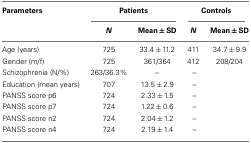
| Parameters | <COLSPAN=2> Patients | <COLSPAN=2> Controls |
 |  | N | Mean ± SD | N | Mean ± SD |
 | --- | --- | --- | --- | --- |
 | Age (years) | 725 | 33.4 ± 11.2 | 411 | 34.7 ± 9.9 |
 | Gender (m/f) | 725 | 361/364 | 412 | 208/204 |
 | Schizophrenia (N/%) | 263/36.3% | – | – |  |
 | Education (mean years) | 707 | 13.5 ± 2.9 | – |  |
 | PANSS score p6 | 724 | 2.33 ± 1.5 | – |  |
 | PANSS score p7 | 724 | 1.22 ± 0.6 | – |  |
 | PANSS score n2 | 724 | 2.04 ± 1.2 | – |  |
 | PANSS score n4 | 724 | 2.19 ± 1.4 | – |  |